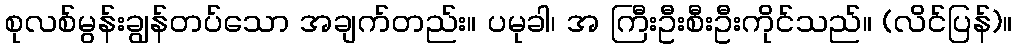
စုလစ်မွန်းချွန်တပ်သော အချက်တည်း။ ပမုခါ၊ အ ကြီးဦးစီးဦးကိုင်သည်။ (လိင်ပြန်)။